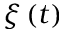
\xi \left( t \right)